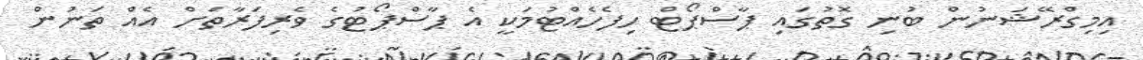
އިމިގްރޭޝަނުން ބުނި ގޮތުގައި ޕާސްޕޯޓް ހިފެހެއްޓުމަކީ އެ ޕާސްޕޯޓުގެ ވެރިފަރާތަށް އެއް ތަނުން